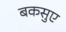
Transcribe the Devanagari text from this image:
बकसुए